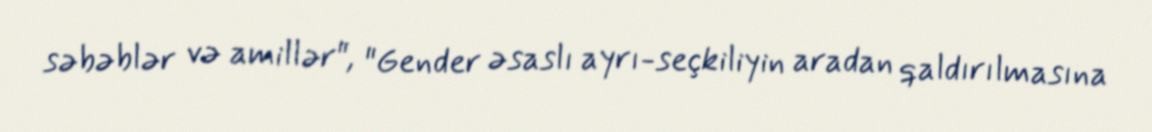
səbəblər və amillər", "Gender əsaslı ayrı-seçkiliyin aradan qaldırılmasına